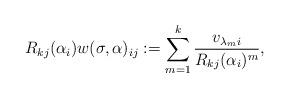
LaTeX: \begin{align*}R_{kj}(\alpha_i) w(\sigma, \alpha)_{ij} := \sum_{m = 1}^{k} \frac{v_{\lambda_m i}}{R_{kj}(\alpha_i)^{m}},\end{align*}